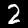
Digit: 2